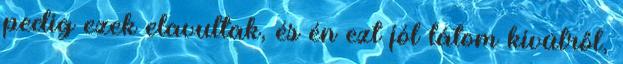
pedig ezek elavultak, és én ezt jól látom kívülről,